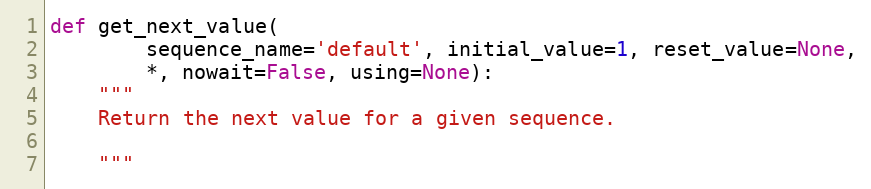
Language: Python
def get_next_value(
        sequence_name='default', initial_value=1, reset_value=None,
        *, nowait=False, using=None):
    """
    Return the next value for a given sequence.

    """